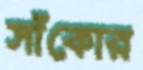
সাঁকোর